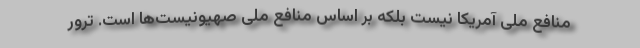
منافع ملی آمریکا نیست بلکه بر اساس منافع ملی صهیونیست‌ها است. ترور